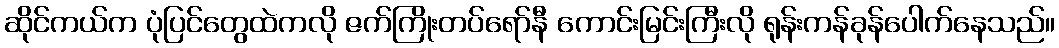
ဆိုင်ကယ်က ပုံပြင်တွေထဲကလို ဇက်ကြိုးတပ်ရော်နီ ကောင်းမြင်းကြီးလို ရုန်းကန်ခုန်ပေါက်နေသည်။